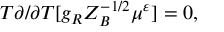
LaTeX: T \partial / \partial T [ g _ { R } Z _ { B } ^ { - 1 / 2 } \mu ^ { \varepsilon } ] = 0 ,